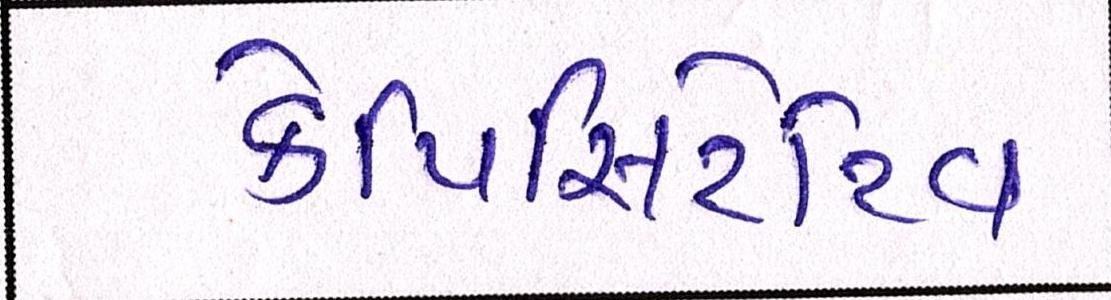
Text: કેપિસિટેટિવ